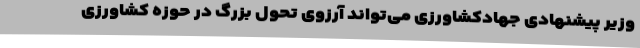
وزیر پیشنهادی جهادکشاورزی می‌تواند آرزوی تحول بزرگ در حوزه کشاورزی